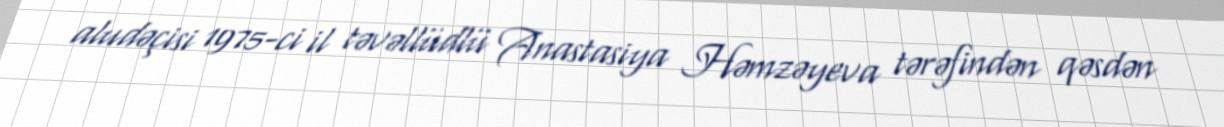
aludəçisi 1975-ci il təvəllüdlü Anastasiya Həmzəyeva tərəfindən qəsdən